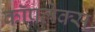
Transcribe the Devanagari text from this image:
कॉपलेक्स